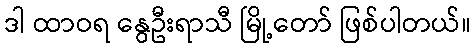
ဒါ ထာဝရ နွေဦးရာသီ မြို့တော် ဖြစ်ပါတယ်။